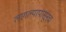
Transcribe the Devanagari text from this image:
लागल्यापासूनच